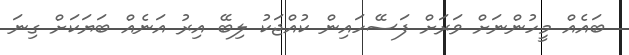
ބައެއް މީހުންނަށް ވަރަށް ފަސޭހައިން ކުއްޖަކު ލިބޭ އިރު އަނެއް ބަޔަކަށް ގިނަ